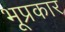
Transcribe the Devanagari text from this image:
भूप्रकार